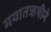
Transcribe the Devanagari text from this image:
मयातऋषीने